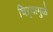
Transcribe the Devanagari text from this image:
चिऱ्यामुळे